画像に写った文字を読んでください
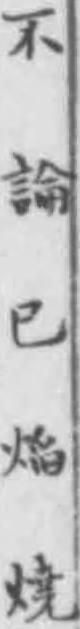
「不論巳㷔焼」と書いてあります